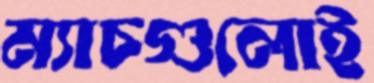
ম্যাচগুলোই